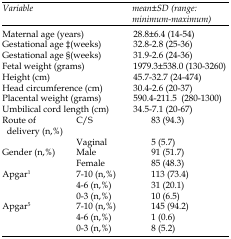
<table><thead><tr><td colspan="2"><b>Variable</b></td><td><b>mean±SD (range: minimum-maximum)</b></td></tr></thead><tbody><tr><td colspan="2">Maternal age (years)</td><td>28.8±6.4 (14-54)</td></tr><tr><td colspan="2">Gestational age‡(weeks)</td><td>32.8-2.8 (25-36)</td></tr><tr><td colspan="2">Gestational age§(weeks)</td><td>31.9-2.6 (24-36)</td></tr><tr><td colspan="2">Fetal weight (grams)</td><td>1979.3±538.0 (130-3260)</td></tr><tr><td colspan="2">Height (cm)</td><td>45.7-32.7 (24-474)</td></tr><tr><td colspan="2">Head circumference (cm)</td><td>30.4-2.6 (20-37)</td></tr><tr><td colspan="2">Placental weight (grams)</td><td>590.4-211.5 (280-1300)</td></tr><tr><td colspan="2">Umbilical cord length (cm)</td><td>34.5-7.1 (20-67)</td></tr><tr><td rowspan="2">Route of delivery (n,%)</td><td>C/S</td><td> 83 (94.3)</td></tr><tr><td>Vaginal</td><td> 5 (5.7)</td></tr><tr><td rowspan="2">Gender (n,%)</td><td>Male</td><td> 91 (51.7)</td></tr><tr><td>Female</td><td> 85 (48.3)</td></tr><tr><td rowspan="3">Apgar<sup>1</sup></td><td>7-10 (n,%)</td><td> 113 (73.4)</td></tr><tr><td>4-6 (n,%)</td><td> 31 (20.1)</td></tr><tr><td>0-3 (n,%)</td><td> 10 (6.5)</td></tr><tr><td rowspan="3">Apgar<sup>5</sup></td><td>7-10 (n,%)</td><td> 145 (94.2)</td></tr><tr><td>4-6 (n,%)</td><td> 1 (0.6)</td></tr><tr><td>0-3 (n,%)</td><td> 8 (5.2)</td></tr></tbody></table>